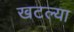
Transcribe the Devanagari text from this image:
खटल्या